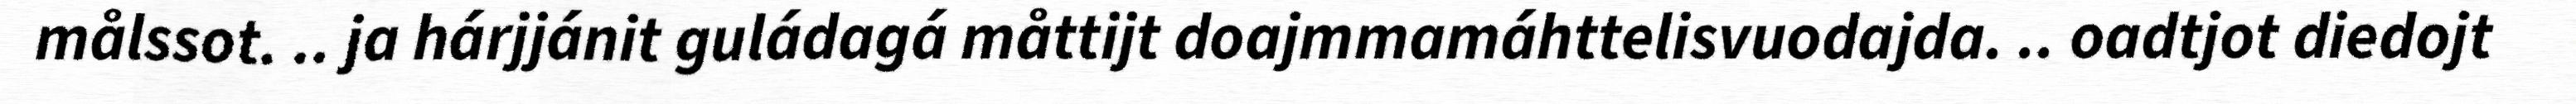
målssot. .. ja hárjjánit guládagá måttijt doajmmamáhttelisvuodajda. .. oadtjot diedojt